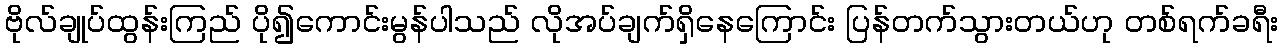
ဗိုလ်ချုပ်ထွန်းကြည် ပို၍ကောင်းမွန်ပါသည် လိုအပ်ချက်ရှိနေကြောင်း ပြန်တက်သွားတယ်ဟု တစ်ရက်ခရီး